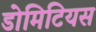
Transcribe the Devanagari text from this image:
डोमिटियस